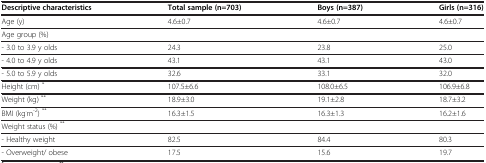
<table><thead><tr><td><b>Descriptive characteristics</b></td><td><b>Total sample (n=703)</b></td><td><b>Boys (n=387)</b></td><td><b>Girls (n=316)</b></td></tr></thead><tbody><tr><td>Age (y)</td><td>4.6±0.7</td><td>4.6±0.7</td><td>4.6±0.7</td></tr><tr><td>Age group (%)</td><td> </td><td> </td><td> </td></tr><tr><td>- 3.0 to 3.9 y olds</td><td>24.3</td><td>23.8</td><td>25.0</td></tr><tr><td>- 4.0 to 4.9 y olds</td><td>43.1</td><td>43.1</td><td>43.0</td></tr><tr><td>- 5.0 to 5.9 y olds</td><td>32.6</td><td>33.1</td><td>32.0</td></tr><tr><td>Height (cm) <sup>*</sup></td><td>107.5±6.6</td><td>108.0±6.5</td><td>106.9±6.8</td></tr><tr><td>Weight (kg) <sup>**</sup></td><td>18.9±3.0</td><td>19.1±2.8</td><td>18.7±3.2</td></tr><tr><td>BMI (kg<sup>.</sup>m<sup>-2</sup>) <sup>**</sup></td><td>16.3±1.5</td><td>16.3±1.3</td><td>16.2±1.6</td></tr><tr><td>Weight status (%) <sup>**</sup></td><td> </td><td> </td><td> </td></tr><tr><td>- Healthy weight</td><td>82.5</td><td>84.4</td><td>80.3</td></tr><tr><td>- Overweight/ obese</td><td>17.5</td><td>15.6</td><td>19.7</td></tr></tbody></table>